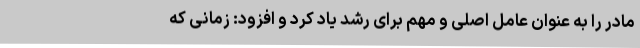
مادر را به عنوان عامل اصلی و مهم برای رشد یاد کرد و افزود: زمانی که